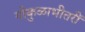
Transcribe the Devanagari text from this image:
गोकुळाभीतरीं